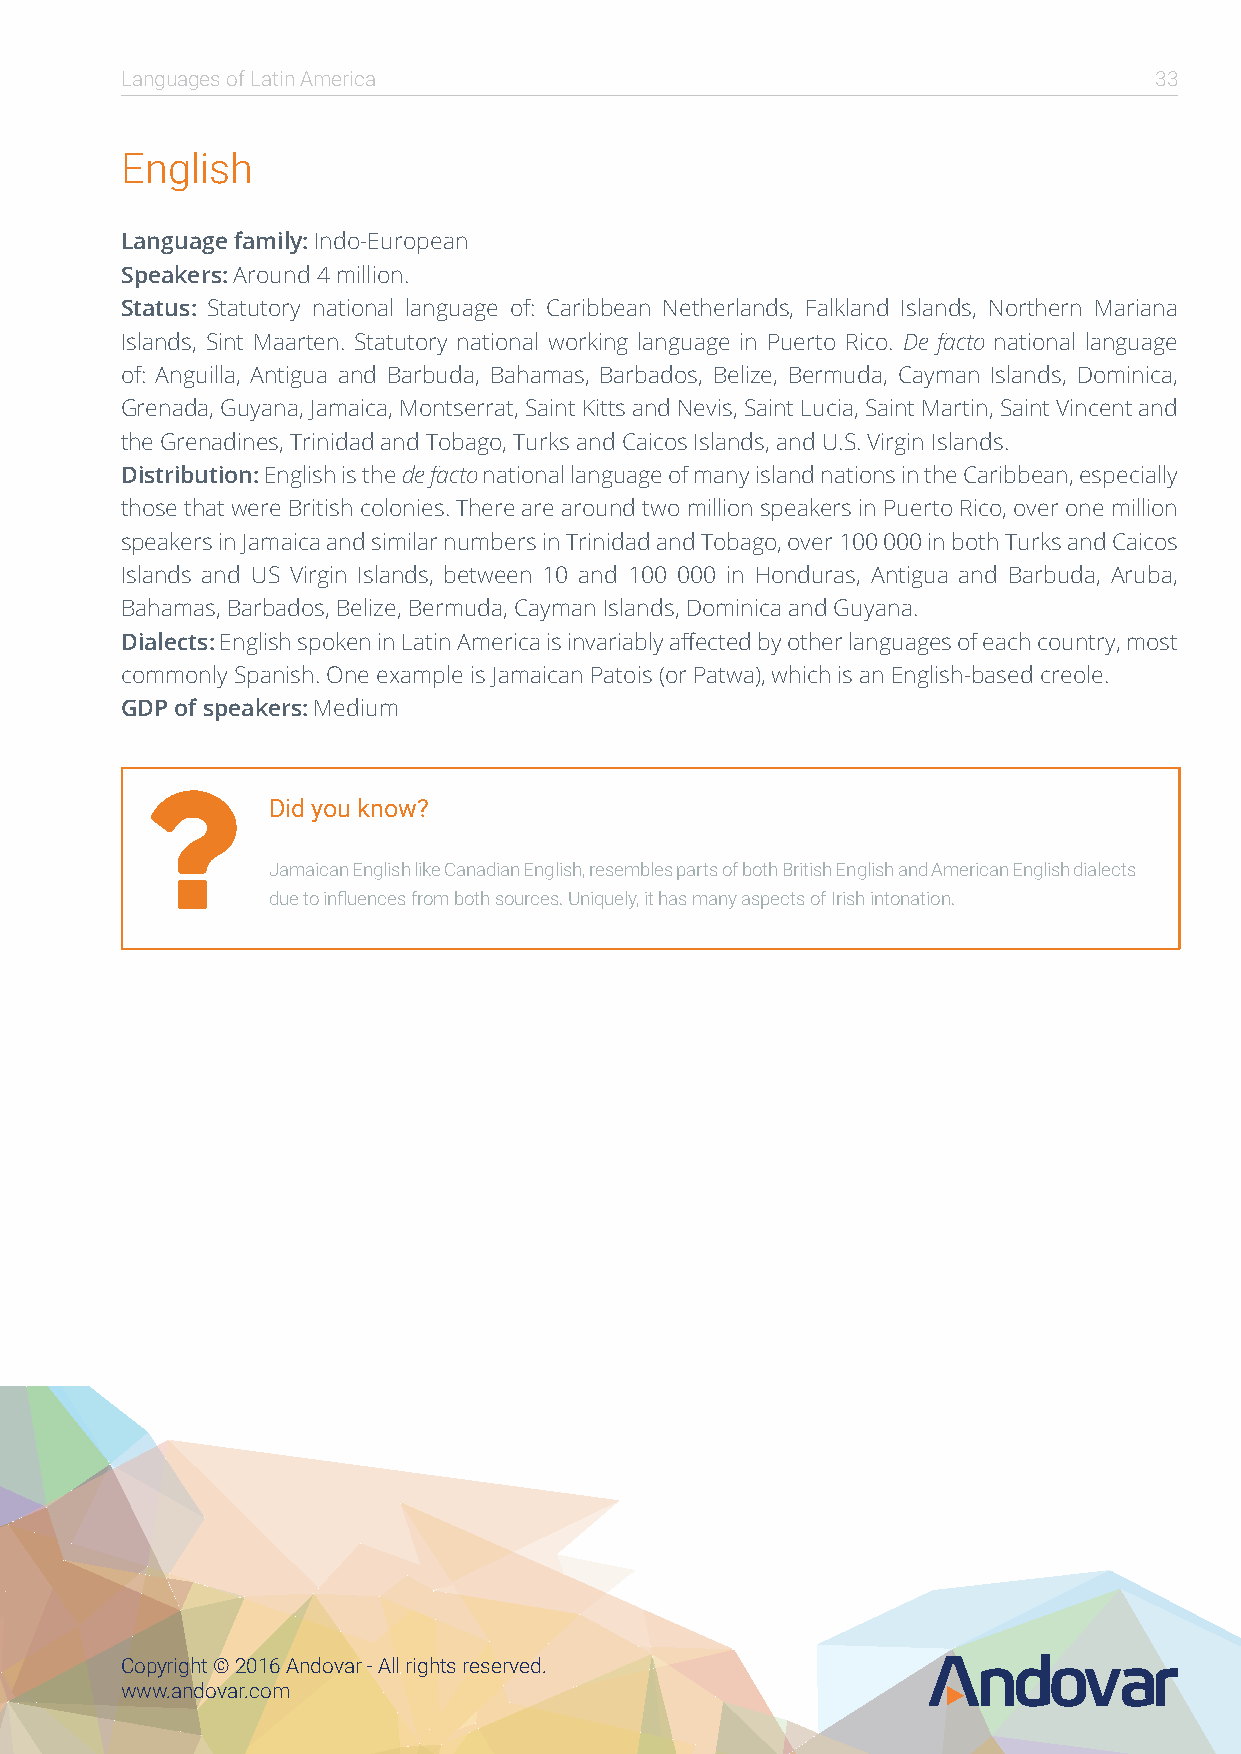
Languages of Latin America                                          33
 English
 Language family: Indo-European
 Speakers: Around 4 million.
 Status: Statutory national language of: Caribbean Netherlands, Falkland Islands, Northern Mariana
 Islands, Sint Maarten. Statutory national working language in Puerto Rico. De facto national language
 of: Anguilla, Antigua and Barbuda, Bahamas, Barbados, Belize, Bermuda, Cayman Islands, Dominica,
 Grenada, Guyana, Jamaica, Montserrat, Saint Kitts and Nevis, Saint Lucia, Saint Martin, Saint Vincent and
 the Grenadines, Trinidad and Tobago, Turks and Caicos Islands, and U.S. Virgin Islands.
 Distribution: English is the de facto national language of many island nations in the Caribbean, especially
 those that were British colonies. There are around two million speakers in Puerto Rico, over one million
 speakers in Jamaica and similar numbers in Trinidad and Tobago, over 100 000 in both Turks and Caicos
 Islands and US Virgin Islands, between 10 and 100 000 in Honduras, Antigua and Barbuda, Aruba,
 Bahamas, Barbados, Belize, Bermuda, Cayman Islands, Dominica and Guyana.
 Dialects: English spoken in Latin America is invariably affected by other languages of each country, most
 commonly Spanish. One example is Jamaican Patois (or Patwa), which is an English-based creole.
 GDP of speakers: Medium
 
 Did you know?
 Jamaican English like Canadian English, resembles parts of both British English and American English dialects
 due to influences from both sources. Uniquely, it has many aspects of Irish intonation.
 Copyright © 2016 Andovar - All rights reserved.
 www.andovar.com